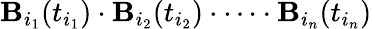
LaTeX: \mathbf{B}_{i_{1}}(t_{i_{1}})\cdot\mathbf{B}_{i_{2}}(t_{i_{2}})\cdot\dots\cdot\mathbf{B}_{i_{n}}(t_{i_{n}})